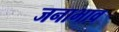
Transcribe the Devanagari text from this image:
जनाभाव